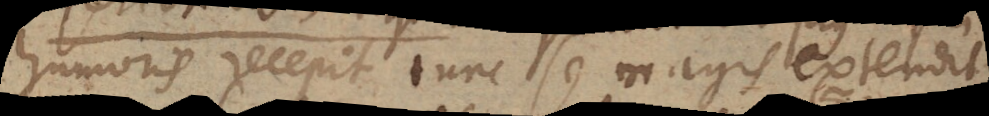
humoris recepit tunc se magis extendit